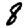
Digit: 8